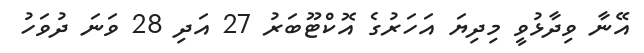
އޭނާ ވިިދާޅުވީ މިދިޔަ އަހަރުގެ އޮކްޓޫބަރު 27 އަދި 28 ވަނަ ދުވަހު